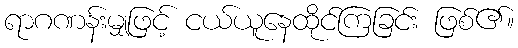
ရာဂဏန်းမျှဖြင့် ငယ်ယူနေထိုင်ကြခြင်း ဖြစ်၏။